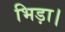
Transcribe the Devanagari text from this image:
भिड़ा।